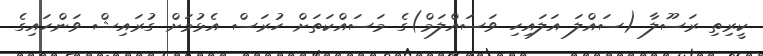
ކީރިތި ރަސޫލާ (ސައްލަ އަލައިހި ވަސައްލަމް)ގެ މަސައްކަތަށް ހުރަސް އެޅުމަށް ގުރައިޝް ވަންހައިގެ